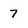
Character: 7